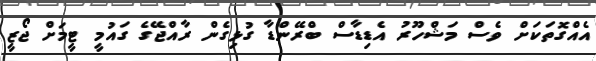
އެއްގޮތަކަށް ވެސް މަޝްހޫރު އެޑިޑާސް ބްރޭންޑާ ގުޅިގެން ރާއްޖޭގެ ގައުމީ ޓީމަށް ޖޯޒީ